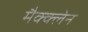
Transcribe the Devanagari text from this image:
मैक्क्लेन